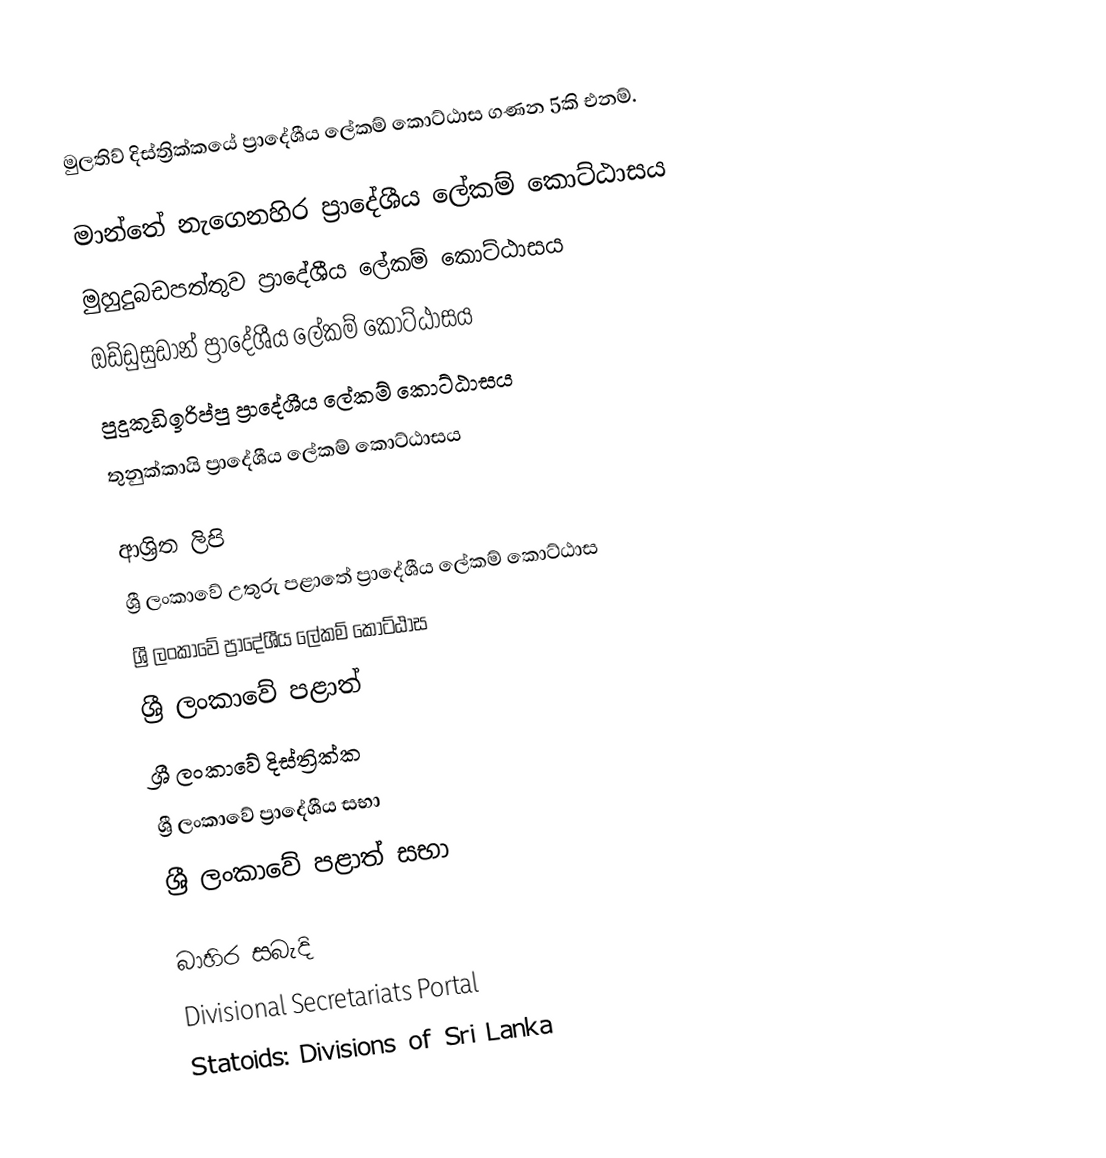
මුලතිව් දිස්ත්‍රික්කයේ ප්‍රාදේශීය ලේකම් කොට්ඨාස ගණන 5කි එනම්.

 මාන්තේ නැගෙනහිර ප්‍රාදේශීය ලේකම් කොට්ඨාසය
 මුහුදුබඩපත්තුව ප්‍රාදේශීය ලේකම් කොට්ඨාසය
 ඔඩ්ඩුසුඩාන් ප්‍රාදේශීය ලේකම් කොට්ඨාසය
 පුදුකුඩිඉරිප්පු ප්‍රාදේශීය ලේකම් කොට්ඨාසය
 තුනුක්‌කායි ප්‍රාදේශීය ලේකම් කොට්ඨාසය

ආශ්‍රිත ලිපි
 ශ්‍රී ලංකාවේ උතුරු පළාතේ ප්‍රාදේශීය ලේකම් කොට්ඨාස
 ශ්‍රී ලංකාවේ ප්‍රාදේශීය ලේකම් කොට්ඨාස
 ශ්‍රී ලංකාවේ පළාත්
 ශ්‍රී ලංකාවේ දිස්ත්‍රික්ක
 ශ්‍රී ලංකාවේ ප්‍රාදේශීය සභා
 ශ්‍රී ලංකාවේ පළාත් සභා

බාහිර සබැදි
 Divisional Secretariats Portal
 Statoids: Divisions of Sri Lanka